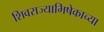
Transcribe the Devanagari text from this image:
शिवराज्याभिषेकाच्या